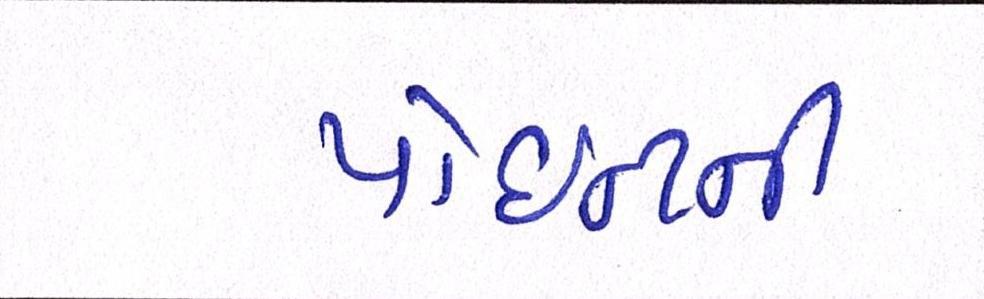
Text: પોઈન્ટની